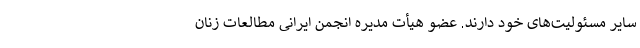
سایر مسئولیت‌های خود دارند. عضو هیأت مدیره انجمن ایرانی مطالعات زنان